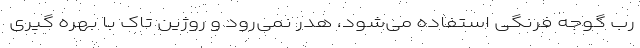
رب گوجه فرنگی استفاده می‌شود، هدر نمی‌رود و روژین تاک با بهره گیری